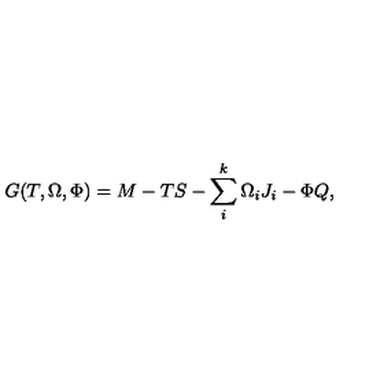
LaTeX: G ( T , \Omega , \Phi ) = M - T S - \sum _ { i } ^ { k } \Omega _ { i } J _ { i } - \Phi Q ,